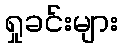
ရှုခင်းများ